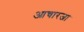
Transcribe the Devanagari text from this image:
आचारजा